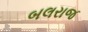
બલરાજ